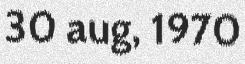
30 aug, 1970